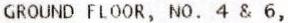
GROUND FLOOR, NO. 4 & 6,